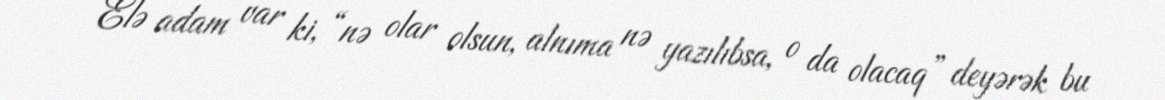
- Elə adam var ki, “nə olar olsun, alnıma nə yazılıbsa, o da olacaq” deyərək bu